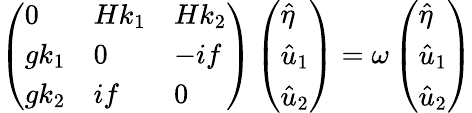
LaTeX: \left(\begin{array}{lll}{0}&{Hk_{1}}&{Hk_{2}}\\ {gk_{1}}&{0}&{-if}\\ {gk_{2}}&{if}&{0}\end{array}\right)\left(\begin{array}{l}{\hat{\eta}}\\ {\hat{u}_{1}}\\ {\hat{u}_{2}}\end{array}\right)=\omega\left(\begin{array}{l}{\hat{\eta}}\\ {\hat{u}_{1}}\\ {\hat{u}_{2}}\end{array}\right)